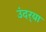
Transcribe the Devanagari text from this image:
उंदर्‍या